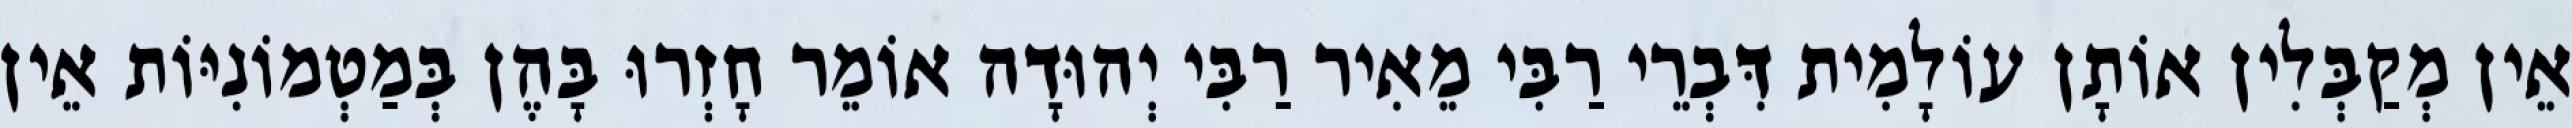
אֵין מְקַבְּלִין אוֹתָן עוֹלָמִית דִּבְרֵי רַבִּי מֵאִיר רַבִּי יְהוּדָה אוֹמֵר חָזְרוּ בָּהֶן בְּמַטְמוֹנִיּוֹת אֵין